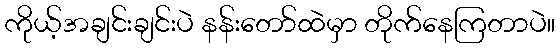
ကိုယ့်အချင်းချင်းပဲ နန်းတော်ထဲမှာ တိုက်နေကြတာပဲ။